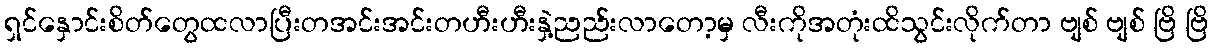
ရှင်နှောင်းစိတ်တွေထလာပြီးတအင်းအင်းတဟီးဟီးနှဲ့ညည်းလာတော့မှ လီးကိုအတုံးထိသွင်းလိုက်တာ ဗျစ် ဗျစ် ဗြိ ဗြိ